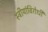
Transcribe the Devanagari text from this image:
स्त्रीयांविरोधी